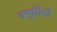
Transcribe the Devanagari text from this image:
क्युमिनी